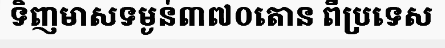
ទិញមាសទម្ងន់៣៧០តោន ពីប្រទេស